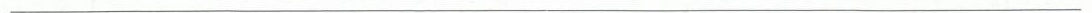
___